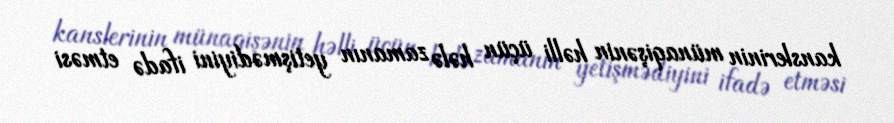
kanslerinin münaqişənin həlli üçün hələ zamanın yetişmədiyini ifadə etməsi